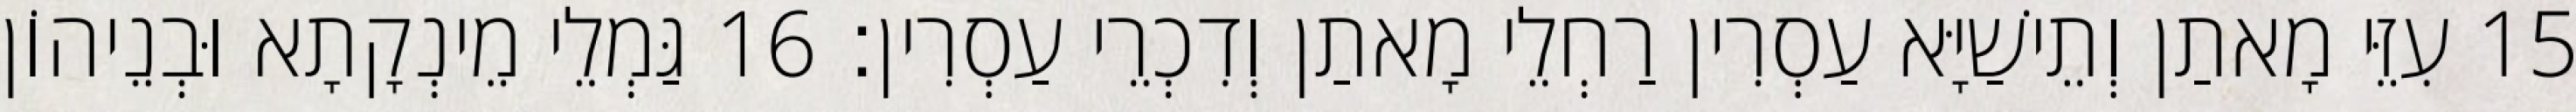
15 עִזֵּי מָאתַן וְתֵישַׁיָּא עַסְרִין רַחְלֵי מָאתַן וְדִכְרֵי עַסְרִין׃ 16 גַּמְלֵי מֵינְקָתָא וּבְנֵיהוֹן